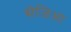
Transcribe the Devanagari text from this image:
बोजिआ